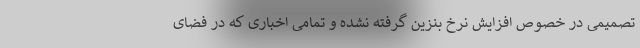
تصمیمی در خصوص افزایش نرخ بنزین گرفته نشده و تمامی اخباری که در فضای